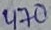
Text: 470